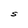
Character: S